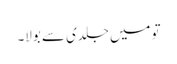
تو میں جلدی سے بولا۔